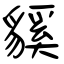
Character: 貕